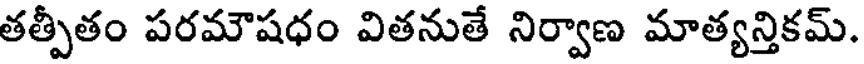
తత్పీతం పరమౌషధం వితనుతే నిర్వాణ మాత్యన్తికమ్.